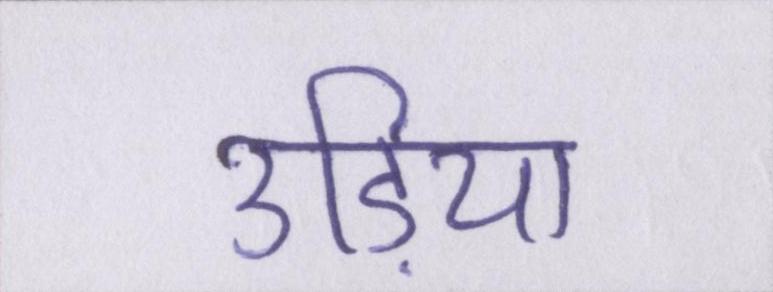
उड़िया